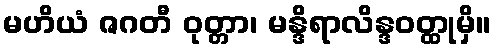
မဟိယံ ဇဂတီ ဝုတ္တာ၊ မန္ဒိရာလိန္ဒဝတ္ထုမှိ။